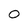
Character: 0